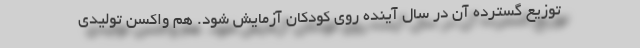
توزیع گسترده آن در سال آینده روی کودکان آزمایش شود. هم واکسن تولیدی